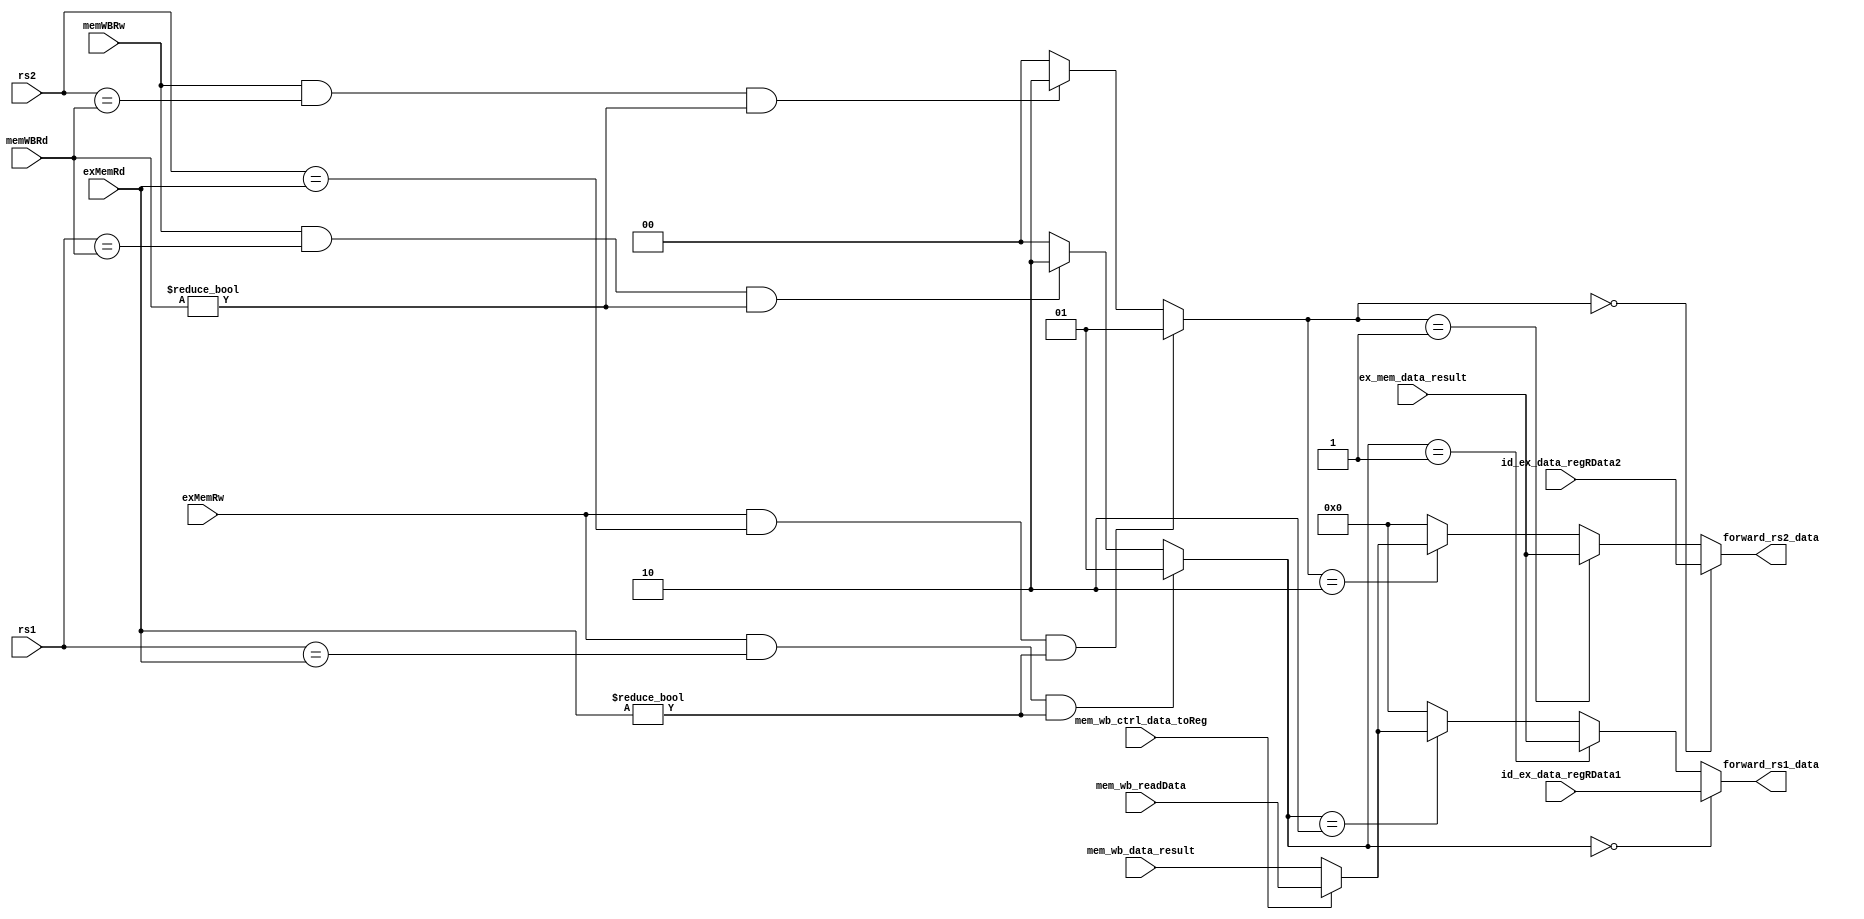

module forwarding (
  // rs1rs2
  input [4:0] rs1,
  input [4:0] rs2,
  input [4:0] exMemRd,// 
  input       exMemRw,// 
  input [4:0] memWBRd,// 
  input       memWBRw,// 

  input        mem_wb_ctrl_data_toReg,
  input [31:0] mem_wb_readData,
  input [31:0] mem_wb_data_result,
  
  // 
  input [31:0] id_ex_data_regRData1,
  input [31:0] id_ex_data_regRData2,
  
  // 
  input [31:0] ex_mem_data_result,

  // 
  output [31:0] forward_rs1_data,
  output [31:0] forward_rs2_data
);

  // 
  //  rs1 == exMemRd  rs1 == memWBRd
  // 0 exMemRd != 5b0  memWBRd != 5b0
  //  forward_rs1_sel  forward_rs2_sel
  wire [1:0] forward_rs1_sel = (exMemRw & (rs1 == exMemRd) & (exMemRd != 5'b0)) ? 2'b01
                              :(memWBRw & (rs1 == memWBRd) & (memWBRd != 5'b0)) ? 2'b10
                              : 2'b00;
                  
  wire [1:0] forward_rs2_sel = (exMemRw & (rs2 == exMemRd) & (exMemRd != 5'b0)) ? 2'b01
                              :(memWBRw & (rs2 == memWBRd) & (memWBRd != 5'b0)) ? 2'b10
                              : 2'b00;

  wire [31:0] regWData = mem_wb_ctrl_data_toReg ? mem_wb_readData : mem_wb_data_result; 

  // 
  // 00:
  // 01:
  // 10:
  assign forward_rs1_data = (forward_rs1_sel == 2'b00) ? id_ex_data_regRData1 :
                            (forward_rs1_sel == 2'b01) ? ex_mem_data_result   :
                            (forward_rs1_sel == 2'b10) ? regWData : 32'h0; 

  assign forward_rs2_data = (forward_rs2_sel == 2'b00) ? id_ex_data_regRData2 :
                            (forward_rs2_sel == 2'b01) ? ex_mem_data_result   :
                            (forward_rs2_sel == 2'b10) ? regWData : 32'h0; 
endmodule